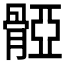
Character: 𩩤